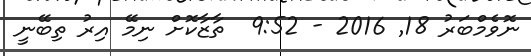
ނޮވެމްބަރު 18